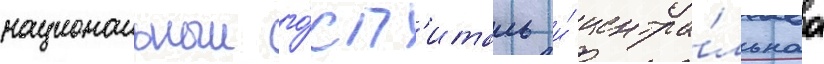
национальныи го́сп'италь и́ центра́льнаа